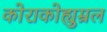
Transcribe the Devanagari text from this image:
कोराकोह्युम्रल